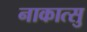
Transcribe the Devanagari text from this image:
नाकात्सु